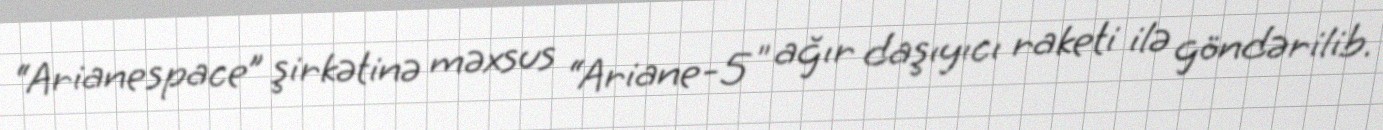
“Arianespace” şirkətinə məxsus “Ariane-5″ ağır daşıyıcı raketi ilə göndərilib.